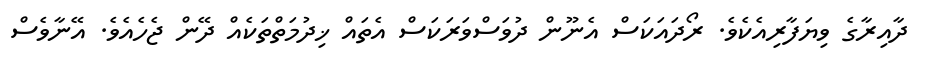
ދާއިރާގެ ވިޔަފާރިއެކެވެ. ރޯދައަކަސް އެނޫން ދުވަސްވަރަކަސް އެތައް ޚިދުމަތްތަކެއް ދޭން ޖެހެއެވެ. އޭނާވެސް